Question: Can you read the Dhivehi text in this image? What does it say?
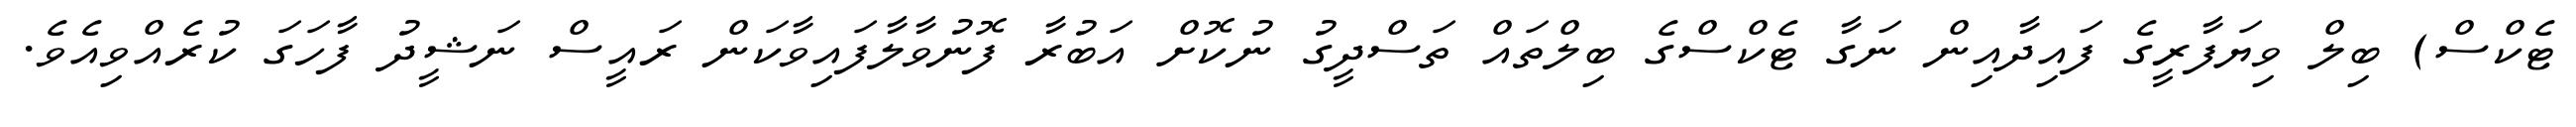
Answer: ޓެކްސް) ބިލް ވިޔަފާރީގެ ފައިދާއިން ނަގާ ޓެކްސްގެ ބިލްތައް ތަސްދީގު ނުކޮށް އަބުރާ ފޮނުވާލާފައިވާކަން ރައީސް ނަޝީދު ފާހަގަ ކުރެއްވިއެވެ.